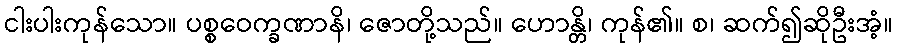
ငါးပါးကုန်သော။ ပစ္စဝေက္ခဏာနိ၊ ဇောတို့သည်။ ဟောန္တိ၊ ကုန်၏။ စ၊ ဆက်၍ဆိုဦးအံ့။